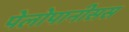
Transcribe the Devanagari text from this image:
पेलोपानीसस